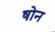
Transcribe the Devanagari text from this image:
षोन